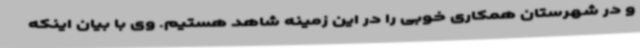
و در شهرستان همکاری خوبی را در این زمینه شاهد هستیم. وی با بیان اینکه